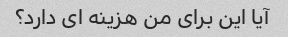
آیا این برای من هزینه ای دارد؟